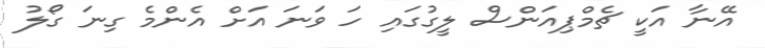
އޭނާ އަކީ ޗެމްޕިއަންސް ލީގުގައި ހަ ވަނަ އަށް އެންމެ ގިނަ ގޯލު